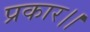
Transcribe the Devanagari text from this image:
प्रकार।।